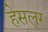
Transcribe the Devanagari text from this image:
हेसलर